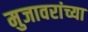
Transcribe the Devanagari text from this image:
मुजावरांच्या